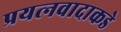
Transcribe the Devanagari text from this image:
प्रयत्‍नवादाकडे